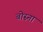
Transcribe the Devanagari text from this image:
बोस्ना